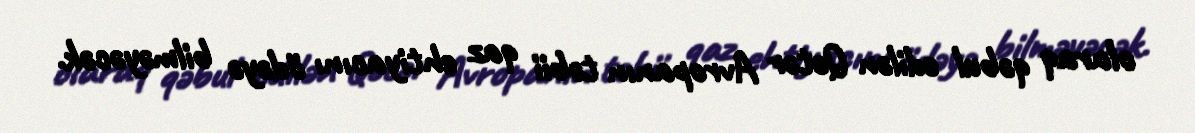
olaraq qəbul edilən Qətər Avropanın təbii qaz ehtiyacını ödəyə bilməyəcək.